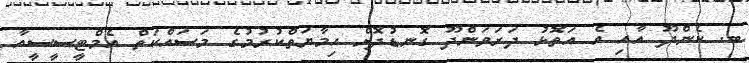
ބ. ކެންދޫ އާއި އެ އަތޮޅު ދަރަވަންދޫ ގޮނޑުދޮށް ހިމާޔަތްކުރުމުގެ މަސައްކަތް އެމްޓީސީސީއާ